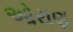
ઓરાણ